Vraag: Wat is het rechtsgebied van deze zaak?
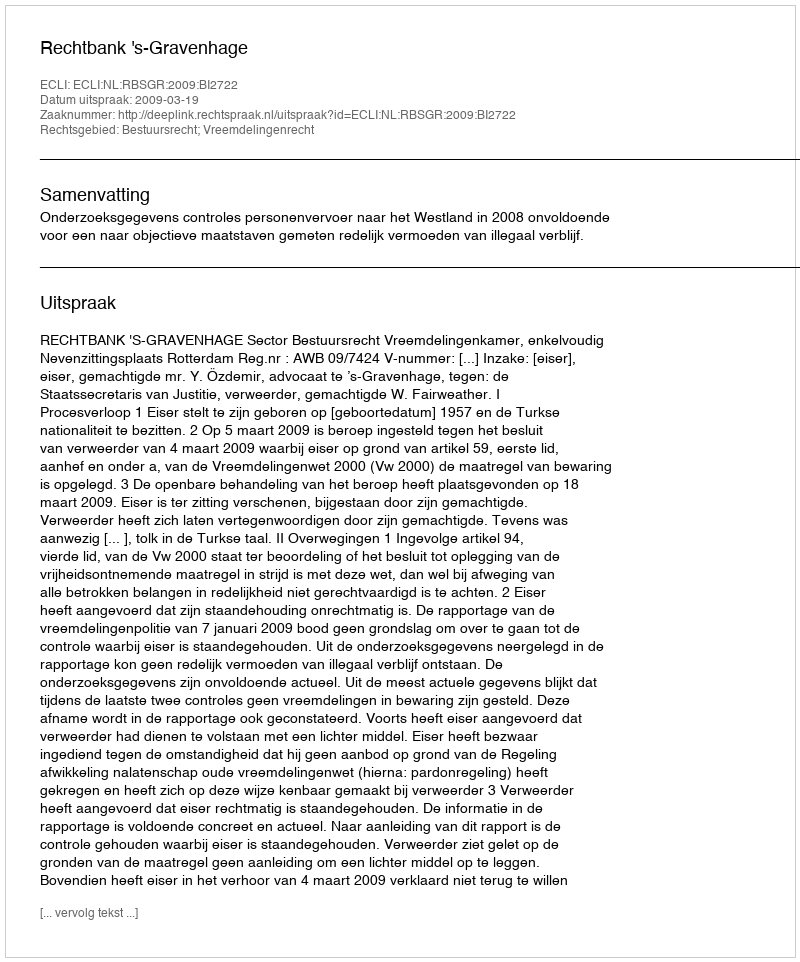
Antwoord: Bestuursrecht; Vreemdelingenrecht